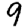
Digit: 9